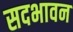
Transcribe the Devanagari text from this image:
सदभावन